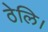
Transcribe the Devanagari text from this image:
ठेलि।